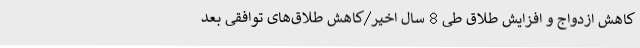
کاهش ازدواج و افزایش طلاق طی 8 سال اخیر/کاهش طلاق‌های توافقی بعد